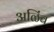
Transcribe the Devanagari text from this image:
अळिंब